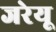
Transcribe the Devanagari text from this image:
जरेयू